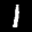
Label: 1